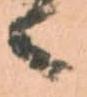
候